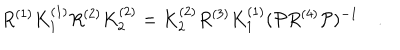
LaTeX: R ^ { ( 1 ) } K _ { 1 } ^ { ( 1 ) } R ^ { ( 2 ) } K _ { 2 } ^ { ( 2 ) } = K _ { 2 } ^ { ( 2 ) } R ^ { ( 3 ) } K _ { 1 } ^ { ( 1 ) } ( { \cal P } R ^ { ( 4 ) } { \cal P } ) ^ { - 1 } \quad .